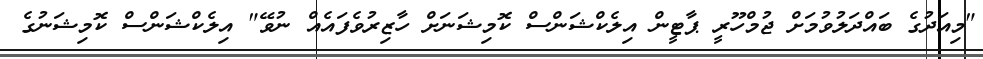
"މިއަދުގެ ބައްދަލުވުމަށް ޖުމްހޫރީ ޕާޓީން އިލެކްޝަންސް ކޮމިޝަނަށް ހާޒިރުވެފައެއް ނުވޭ" އިލެކްޝަންސް ކޮމިޝަނުގެ